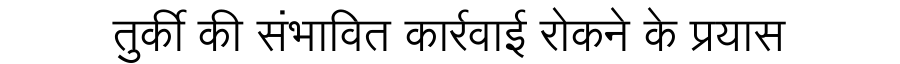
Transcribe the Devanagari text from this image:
तुर्की की संभावित कार्रवाई रोकने के प्रयास